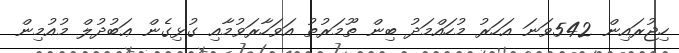
ހިޖުރައިން 542ވަނަ އަހަރު މުހައްމަދު ބިން ތޫމަރުތު އަވަހާރަވުމާއި ގުޅިގެން ޢަބުދުލް މުއުމިން